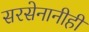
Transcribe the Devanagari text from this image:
सरसेनानीही